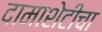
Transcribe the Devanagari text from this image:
दामाशेटींचा